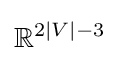
\mathbb {R} ^{2|V|-3}